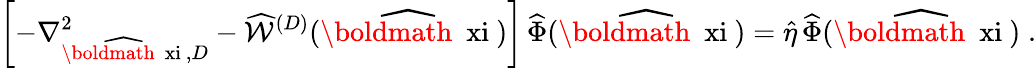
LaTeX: \left[-\nabla_{\widehat{\mathrm{\boldmath~\scriptstyle{\ xi}~}},D}^{2}-\widehat{{\mathcal W}}^{({D})}(\widehat{\mathrm{\boldmath~\ xi~}})\right]\, \widehat{\Phi}(\widehat{\mathrm{\boldmath~\ xi~}})=\widehat{\eta}\, \widehat{\Phi}(\widehat{\mathrm{\boldmath~\ xi~}})\; .